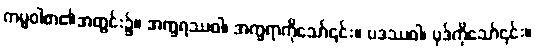
ကမ္မဝါစာ၏အတွင်း၌။ အက္ခရဿဝါ၊ အက္ခရာကိုသော်၎င်း။ ပဒဿဝါ၊ ပုဒ်ကိုသော်၎င်း။